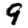
Digit: 9